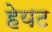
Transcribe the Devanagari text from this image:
हेयट